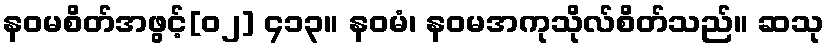
နဝမစိတ်အဖွင့်[၀၂] ၄၁၃။ နဝမံ၊ နဝမအကုသိုလ်စိတ်သည်။ ဆသု